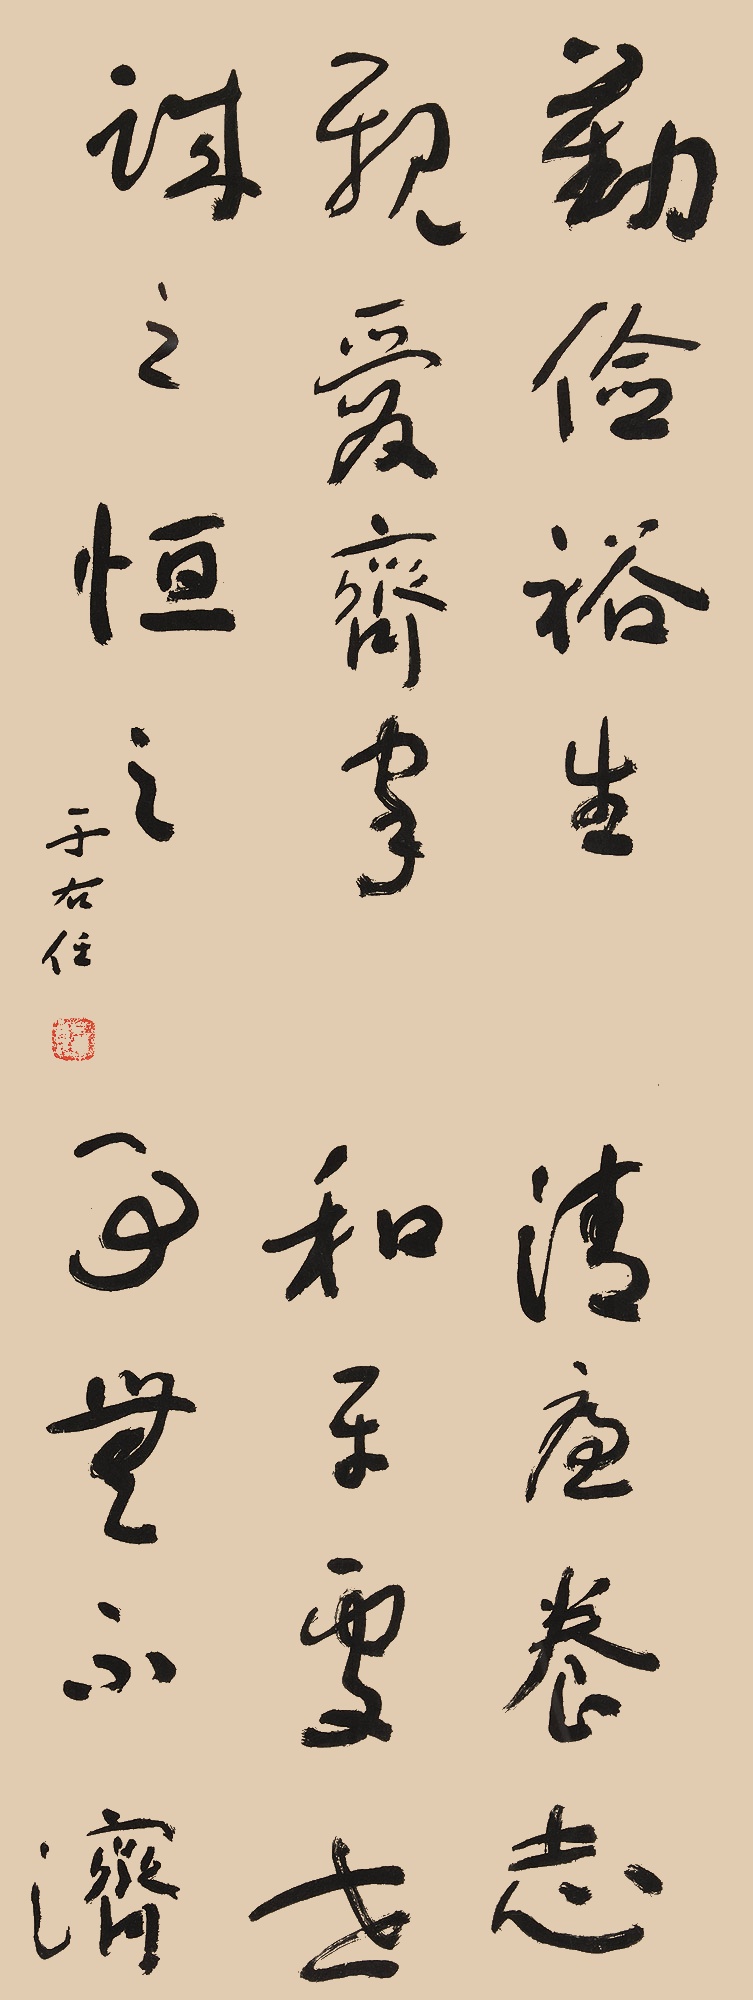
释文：勤俭裕生，清廉养志。亲爱齐家，和平处世。诚之恒之，事无不济。于右任